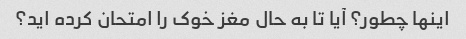
اینها چطور؟ آیا تا به حال مغز خوک را امتحان کرده اید؟